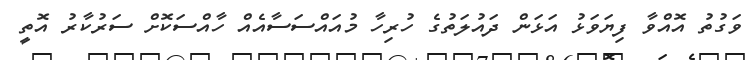
ވަގުތު އޮއްވާ ފިޔަވަޅު އަޅަން ދައުލަތުގެ ހުރިހާ މުއައްސަސާއެއް ހާއްސަކޮށް ސަރުކާރު އޮތީ